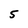
Character: 5